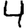
Digit: 4